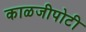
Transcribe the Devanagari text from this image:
काळजीपोटी